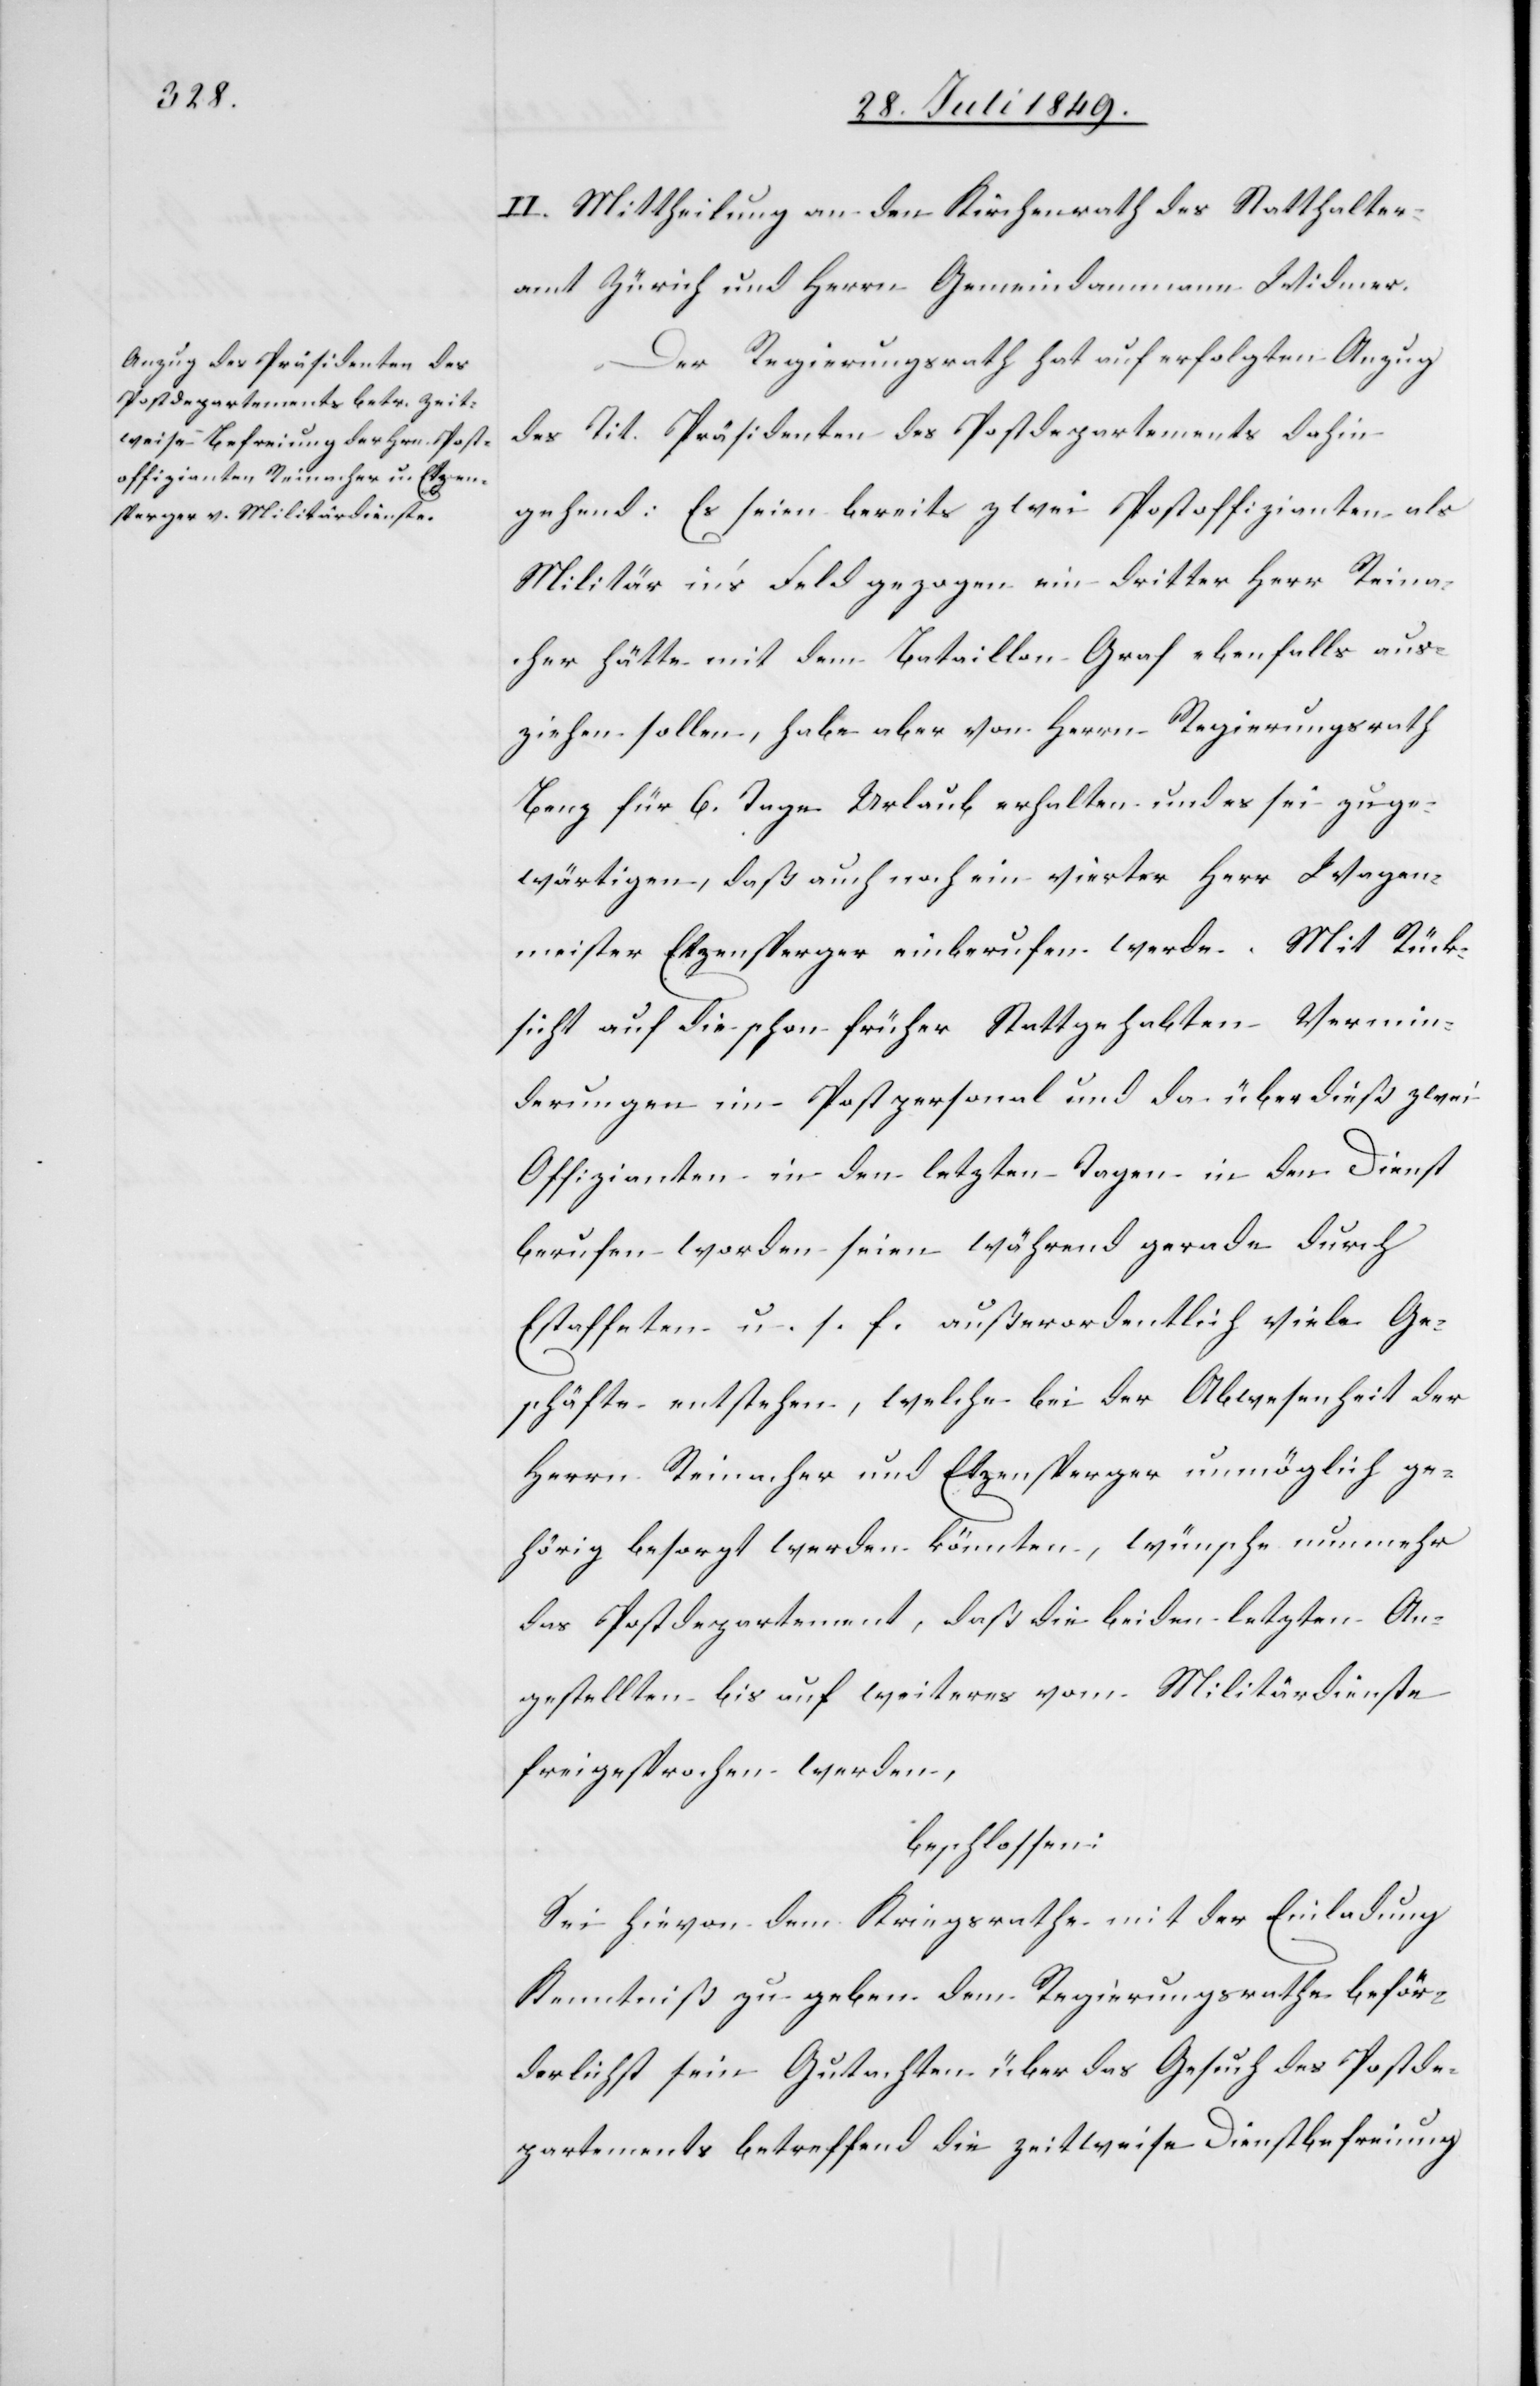
II. Mittheilung an den Kirchenrath des Statthalter¬
amt Zürich und Herrn Gemeindammann Widmer.
Der Regierungsrath hat auf erfolgten Anzug
des Tit. Präsidenten des Postdepartements dahin
gehend: Es seien bereits zwei Postoffizianten als
Militär in’s Feld gezogen ein dritter Herr Reina¬
cher hätte mit dem Bataillon Graf ebenfalls aus¬
ziehen sollen, habe aber von Herrn Regierungsrath
Benz für 6. Tage Urlaub erhalten und es sei zu ge¬
wärtigen, daß auch noch ein vierter Herr Wagen¬
meister Etzensperger einberufen werde. Mit Rück¬
sicht auf die schon früher Stattgehabten Vermin¬
derungen im Postpersonal und da überdieß zwei
Offizianten in den letzten Tagen in den Dienst
berufen worden seien während gerade durch
Estaffeten u. s. f. außerordentlich viele Ge¬
schäfte entstehen, welche bei der Abwesenheit der
Herrn Reinacher und Etzensperger unmöglich ge¬
hörig besorgt werden könnten, wünsche nunmehr
das Postdepartement, daß die beiden letzten An¬
gestellten bis auf weiteres vom Militärdienste
freigesprochen werden,
beschlossen:
Sei hievon dem Kriegsrathe mit der Einladung
Kenntniß zu geben dem Regierungsrathe beför¬
derlichst sein Gutachten über das Gesuch des Postde¬
partements betreffend die zeitweise Dienstbefreiung